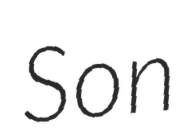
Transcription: Son